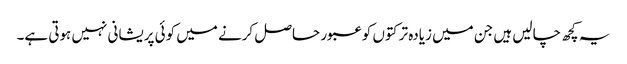
یہ کچھ چالیں ہیں جن میں زیادہ تر کتوں کو عبور حاصل کرنے میں کوئی پریشانی نہیں ہوتی ہے۔